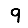
Digit: 9